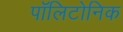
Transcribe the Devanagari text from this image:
पॉलिटोनिक